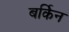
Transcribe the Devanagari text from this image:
बर्किन